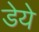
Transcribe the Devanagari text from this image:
डेये